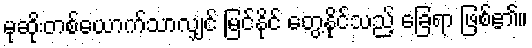
မုဆိုးတစ်ယောက်သာလျှင် မြင်နိုင် တွေ့နိုင်သည့် ခြေရာ ဖြစ်၏။